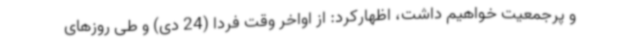
و پرجمعیت خواهیم داشت، اظهارکرد: از اواخر وقت فردا (24 دی) و طی روزهای